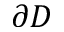
\partial D